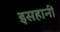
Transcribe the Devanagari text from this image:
इसहानी